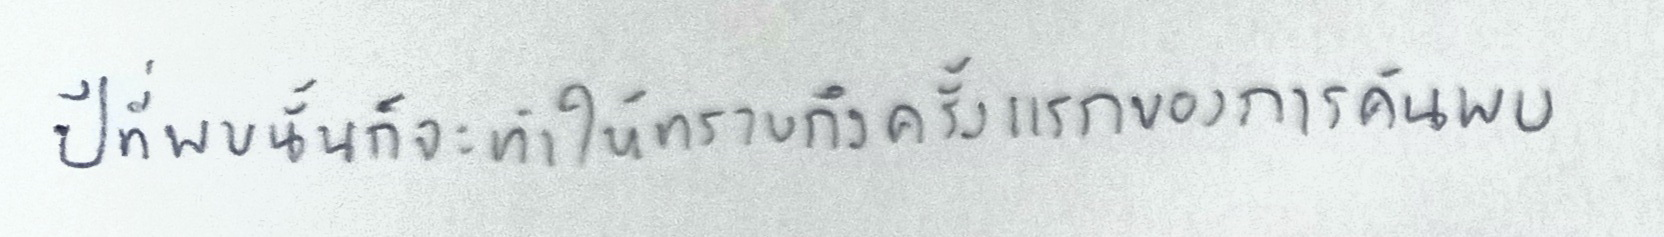
ปีที่พบนั้นก็จะทำให้ทราบถึงครั้งแรกของการค้นพบ